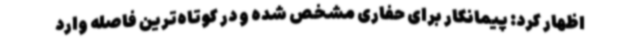
اظهار کرد:‌ پیمانکار برای حفاری مشخص شده و در کوتاه‌ترین فاصله وارد